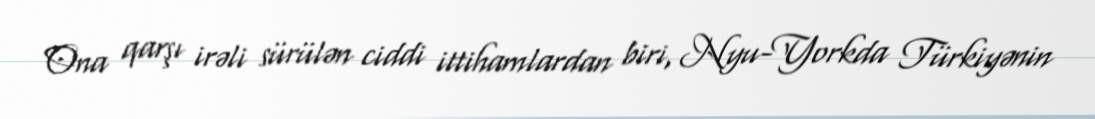
Ona qarşı irəli sürülən ciddi ittihamlardan biri, Nyu-Yorkda Türkiyənin